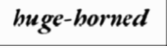
huge-horned